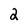
Character: 2